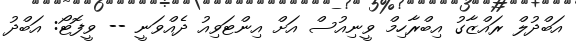
އަބްދުލް ރައްޒާގު އިބްރާހިމް ވީނިއުސް އަށް އިންޓަވިއު ދެއްވަނީ -- ވީފޮޓޯ: އަބްދު